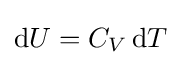
\mathrm {d} U=C_{V}\,\mathrm {d} T